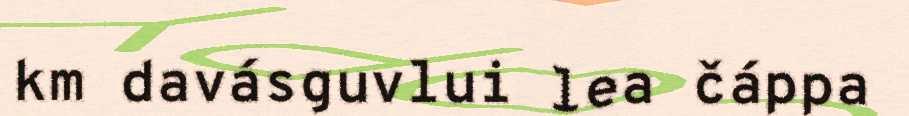
km davásguvlui lea čáppa